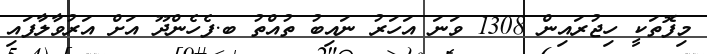
މިފޮތަކީ ހިޖުރައިން 1308 ވަނަ އަހަރު ނައިބު ތުއްތު ބ.ފެހެންދޫ އަށް އަރުވާލާފައި